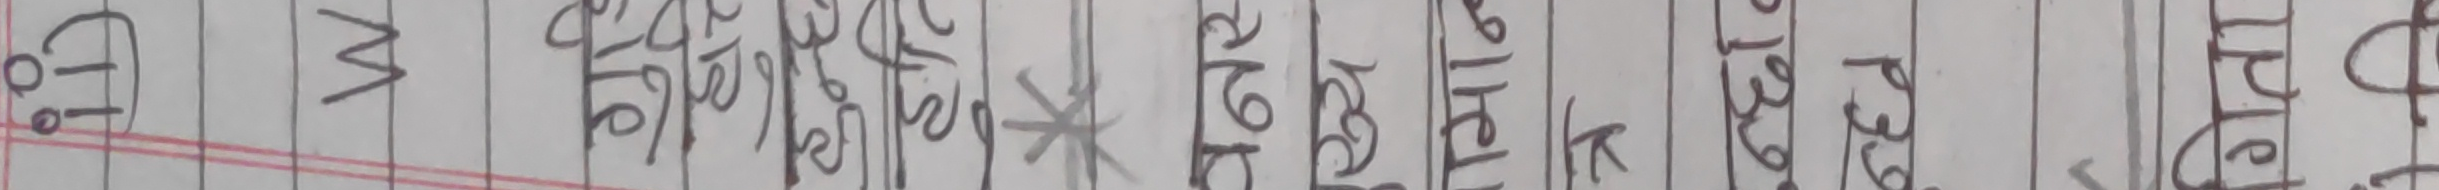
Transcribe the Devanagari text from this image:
G16 म बुद्धिको चमत्कार * रंग रुपको खेल छ।